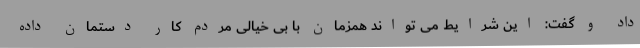
داد و گفت: این شرایط می تواند همزمان با بی خیالی مردم کار دستمان داده